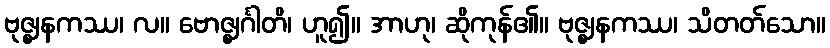
ဗုဇ္ဈနကဿ၊ လ။ ဗောဇ္ဈင်္ဂါတိ၊ ဟူ၍။ အာဟု၊ ဆိုကုန်၏။ ဗုဇ္ဈနကဿ၊ သိတတ်သော။